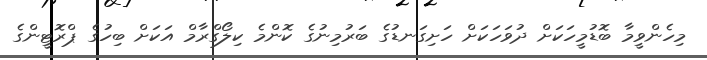
މިހެންވީމާ ބޮޑުމީހަކަށް ދުވަހަކަށް ހަށިގަނޑުގެ ބަރުމިނުގެ ކޮންމެ ކިލޯގްރާމް އަކަށް ބިހުގެ ޕްރޮޓީންގެ